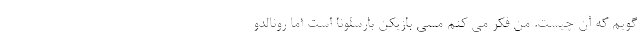
گویم که آن چیست. من فکر می کنم مسی بازیکن بارسلونا است اما رونالدو